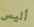
أليس